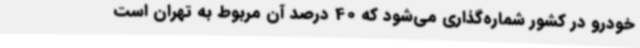
خودرو در کشور شماره‌گذاری می‌شود که 40 درصد آن مربوط به تهران است